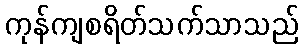
ကုန်ကျစရိတ်သက်သာသည်